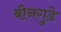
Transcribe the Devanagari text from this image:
बीनगुडे